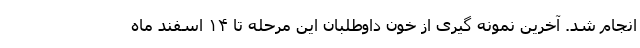
انجام شد. آخرین نمونه گیری از خون داوطلبان این مرحله تا ۱۴ اسفند ماه